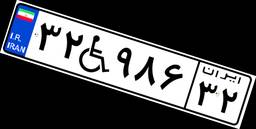
۳۲W۹۸۶۳۲